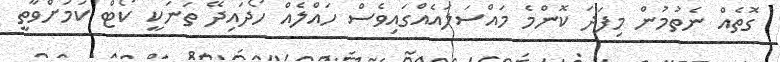
ގޮތެއް ނެތުމުން މިފަދަ ކޮންމެ މައްސަލައެއްގައިވެސް ހައްލެއް ހޯދައިދޭ ތަނަކީ ކޯޓް ކަމަށްވާތީ